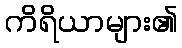
ကိရိယာများ၏